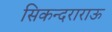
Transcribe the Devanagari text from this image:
सिकन्दराराऊ